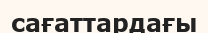
сағаттардағы